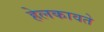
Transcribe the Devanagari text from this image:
हेलकावते